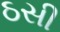
ઠસી